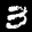
Label: 3